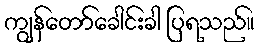
ကျွန်တော်ခေါင်းခါ ပြရသည်။